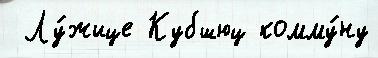
 Лу́жице Кубшюц комму́ну